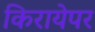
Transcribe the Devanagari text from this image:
किरायेपर